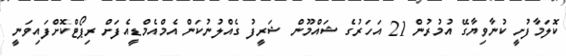
ކޮލަމާފުށީ ކުނާވިޔާގޭ އުމުރުން 21 އަހަރުގެ ޝައްމޫން ޝަރީފު ގެއްލުނުކަން އެމްއެމްޑީއެފަށް ރިޕޯޓްކޮށްފައިވަނީ